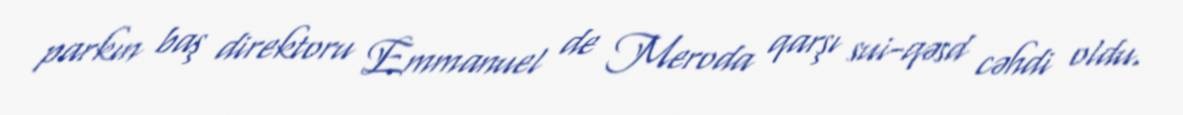
parkın baş direktoru Emmanuel de Meroda qarşı sui-qəsd cəhdi oldu.